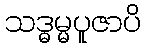
သဒ္ဓမ္မပူဇာပိ